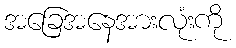
အခြေအနေအားလုံးကို